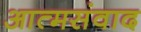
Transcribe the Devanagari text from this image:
आत्मसंवाद